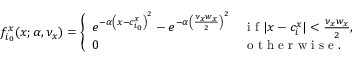
f _ { i _ { 0 } } ^ { x } ( x ; \alpha , \nu _ { x } ) = \left\{ \begin{array} { l l } { e ^ { - \alpha \left( x - c _ { i _ { 0 } } ^ { x } \right) ^ { 2 } } - e ^ { - \alpha \left( \frac { \nu _ { x } w _ { x } } { 2 } \right) ^ { 2 } } } & { \mathrm { ~ i ~ f ~ } \lvert x - c _ { i } ^ { x } \rvert < \frac { \nu _ { x } w _ { x } } { 2 } , } \\ { 0 } & { \mathrm { ~ o ~ t ~ h ~ e ~ r ~ w ~ i ~ s ~ e ~ . ~ } } \end{array} \right.